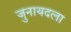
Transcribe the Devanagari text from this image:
जुनायदला